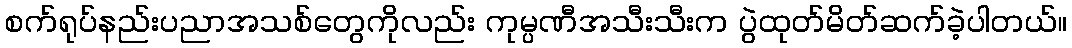
စက်ရုပ်နည်းပညာအသစ်တွေကိုလည်း ကုမ္ပဏီအသီးသီးက ပွဲထုတ်မိတ်ဆက်ခဲ့ပါတယ်။